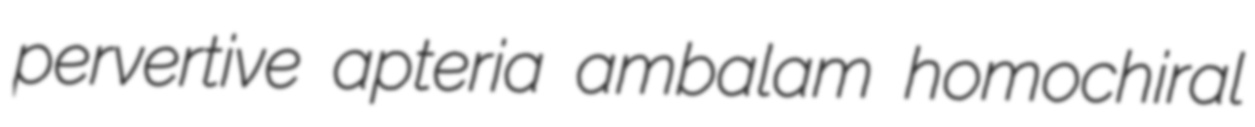
pervertive apteria ambalam homochiral